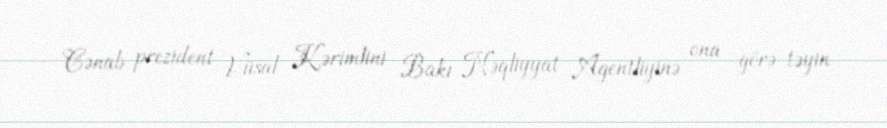
Cənab prezident Vüsal Kərimlini Bakı Nəqliyyat Agentliyinə ona görə təyin